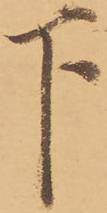
下